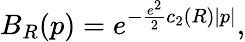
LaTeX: B_{R}(p)=e^{-\frac{e^{2}}{2}c_{2}(R)|p|},